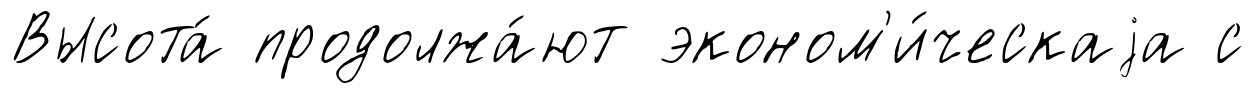
Высота́ продолжа́ют эконом'и́ческаjа с